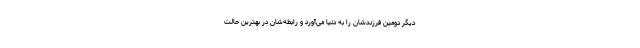
دیگر دومین فرزندشان را به دنیا می‌آورد و رابطه‌شان در بهترین حالت